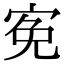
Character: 𡨚